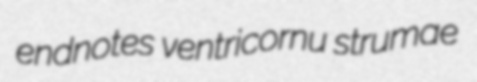
endnotes ventricornu strumae